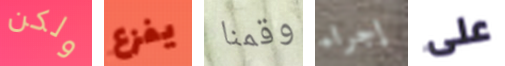
ولكن يفزع وقمنا إجراء على